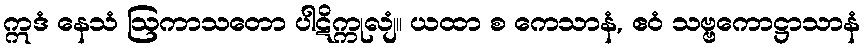
ဣဒံ နေသံ ဩကာသတော ပါဋိက္ကုလျံ။ ယထာ စ ကေသာနံ, ဧဝံ သဗ္ဗကောဋ္ဌာသာနံ